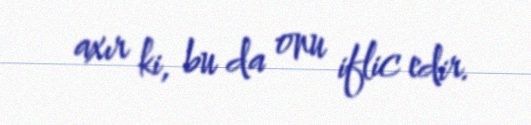
axır ki, bu da onu iflic edir.